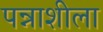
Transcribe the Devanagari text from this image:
पन्नाशीला